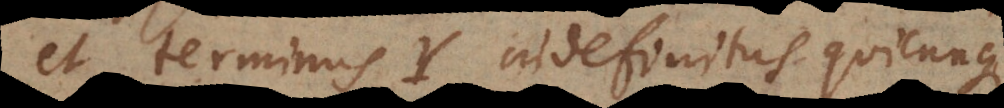
et terminus Y indefinitus quicunque